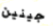
جينين